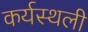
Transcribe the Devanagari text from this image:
कर्यस्थली